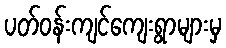
ပတ်ဝန်းကျင်ကျေးရွာများမှ